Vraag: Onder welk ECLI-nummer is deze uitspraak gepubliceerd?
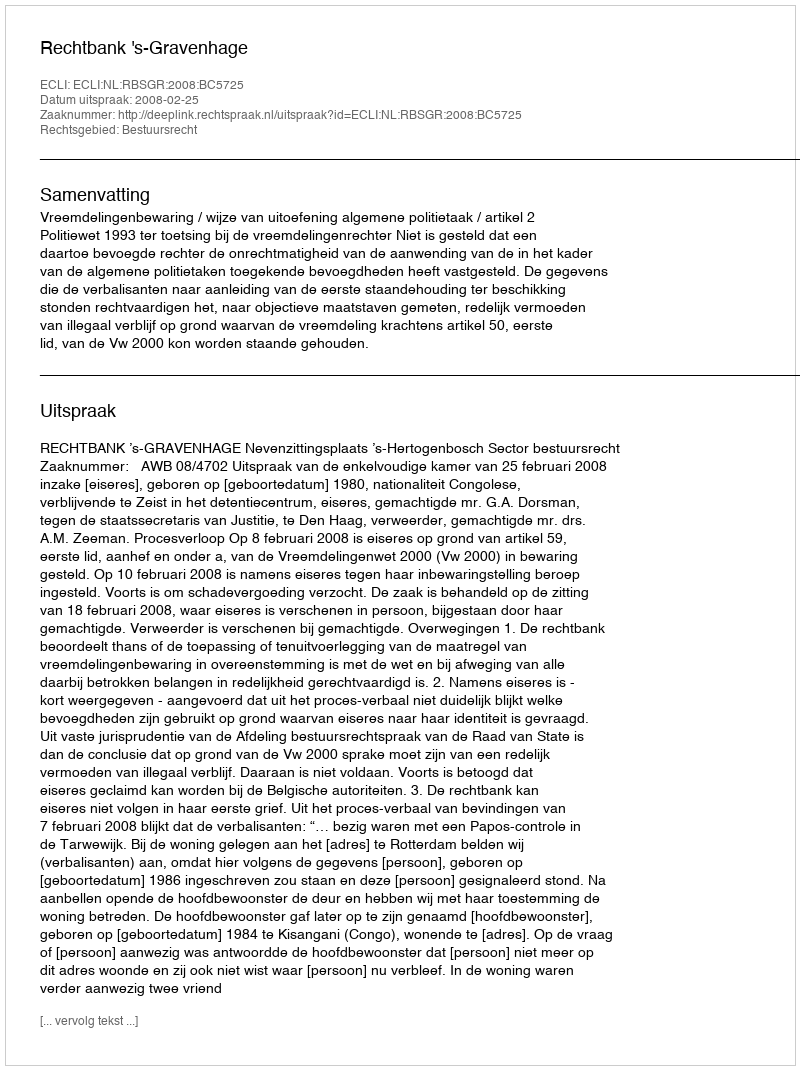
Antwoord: ECLI:NL:RBSGR:2008:BC5725